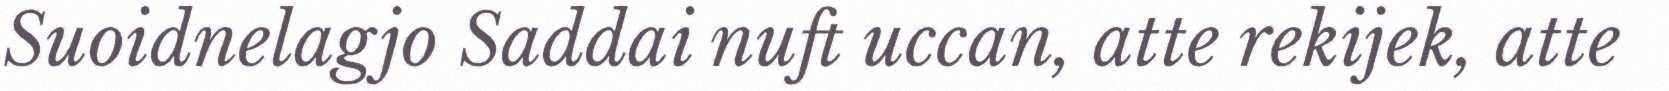
Suoidnelagjo Saddai nuft uccan, atte rekijek, atte